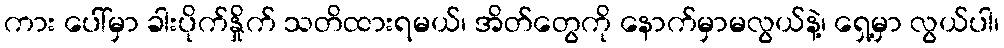
ကား ပေါ်မှာ ခါးပိုက်နှိုက် သတိထားရမယ်၊ အိတ်တွေကို နောက်မှာမလွယ်နဲ့၊ ရှေ့မှာ လွယ်ပါ၊